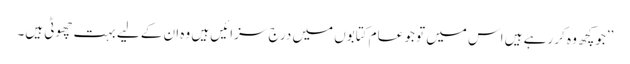
’’جوکچھ وہ کر رہے ہیں اس میں تو جو عام کتابوں میں درج سزائیں ہیں وہ ان کے لیے بہت چھوٹی ہیں۔